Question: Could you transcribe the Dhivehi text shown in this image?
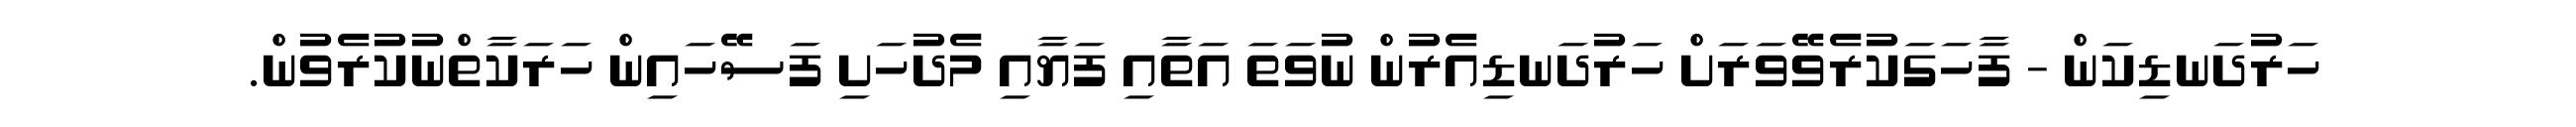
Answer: ހަރުދަނޑިކަން - ފާހަގަކުރެވޭވަރަށް ހަރުދަނޑިއެރުން ނުވަތަ އަތާއި ފަޔާއި މެދުހަށި ފަސޭހައިން ހަރަކާތްނުކުރެވުން.